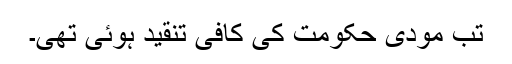
تب مودی حکومت کی کافی تنقید ہوئی تھی۔